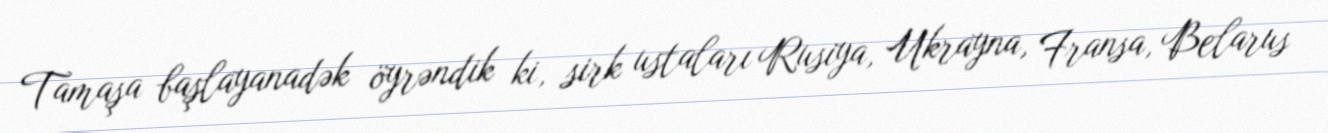
Tamaşa başlayanadək öyrəndik ki, sirk ustaları Rusiya, Ukrayna, Fransa, Belarus